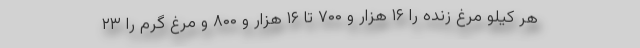
هر کیلو مرغ زنده را ۱۶ هزار و ۷۰۰ تا ۱۶ هزار و ۸۰۰ و مرغ گرم را ۲۳